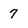
Character: 7